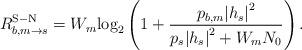
LaTeX: \begin{align*}R_{b,m \to s}^{\rm{S-N}} = {W_m}{\log _2}\left( {1 + \frac{{{p_{b,m}}{{\left| {{h_s}} \right|}^2}}}{{{p_s}{{\left| {{h_s}} \right|}^2} + {W_m}{N_0}}}} \right).\end{align*}